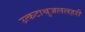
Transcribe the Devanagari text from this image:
उत्कटाश्रुजललहरी